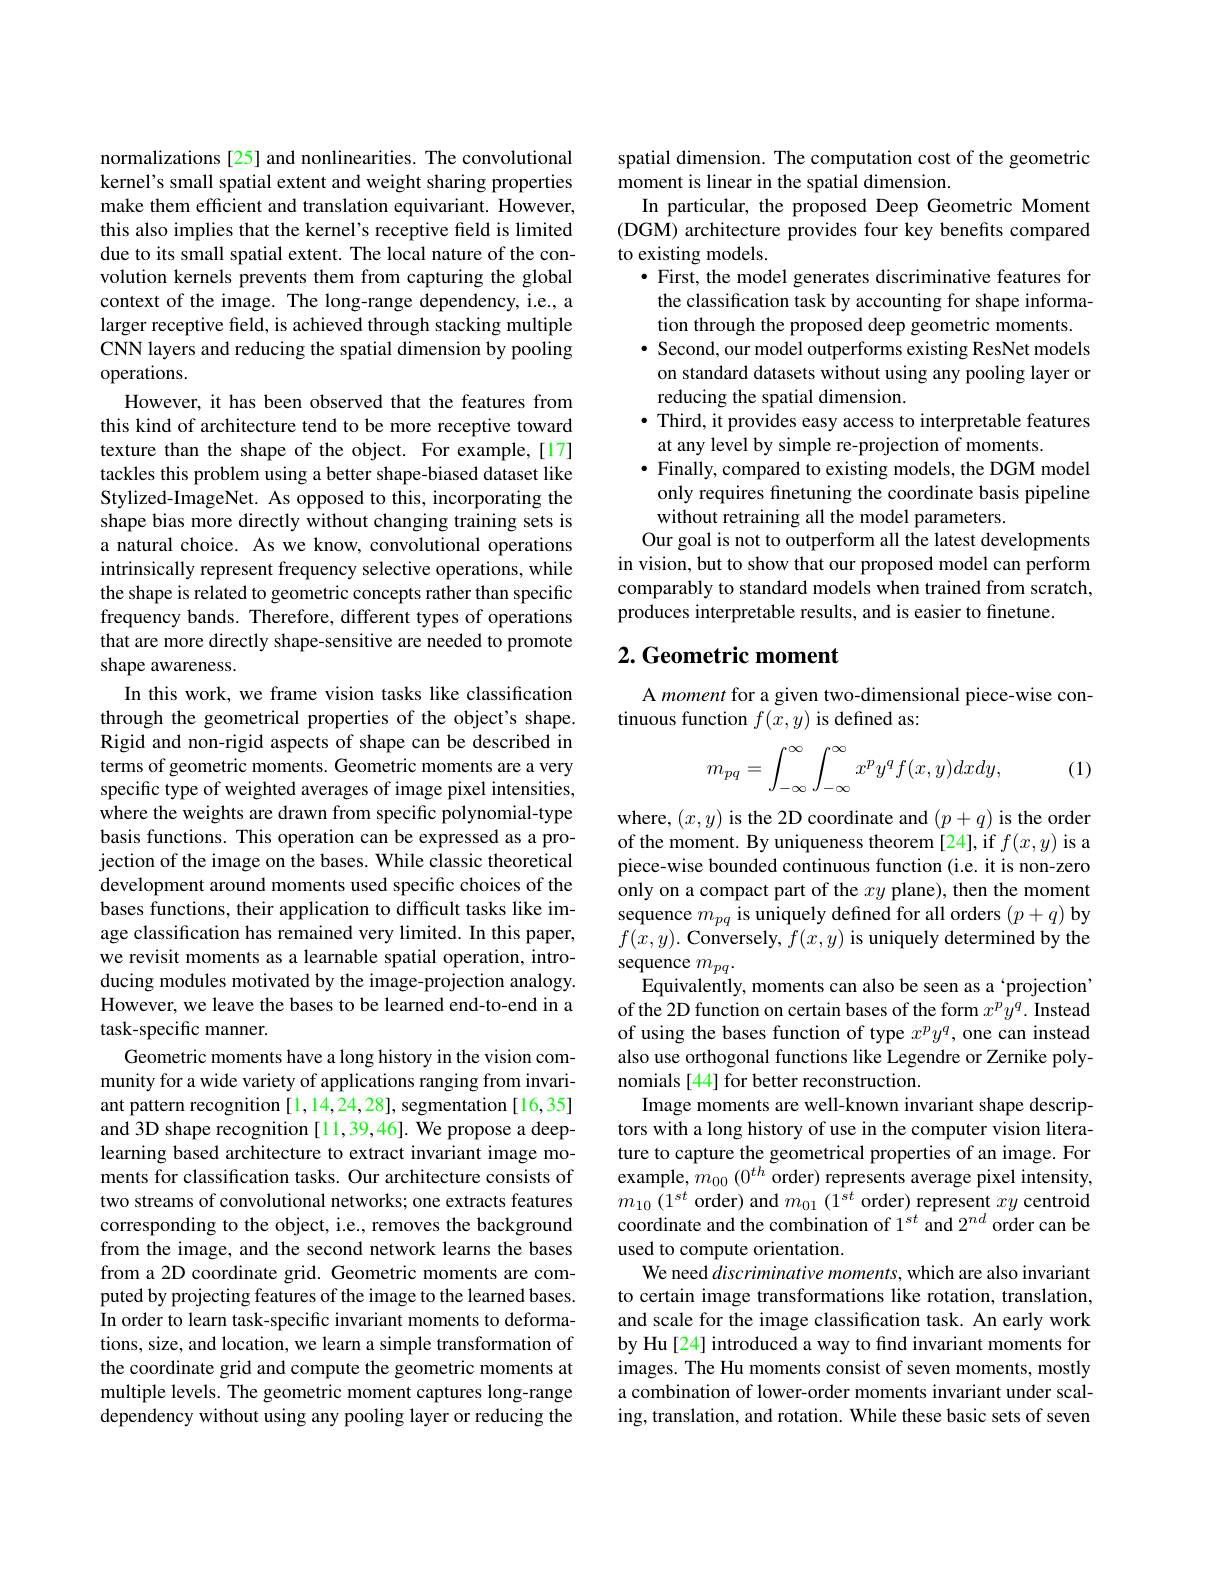
normalizations [25] and nonlinearities. The convolutional kernel's small spatial extent and weight sharing properties make them efficient and translation equivariant. However, this also implies that the kernel's receptive field is limited due to its small spatial extent. The local nature of the convolution kernels prevents them from capturing the global context of the image. The long-range dependency, i.e., a larger receptive field, is achieved through stacking multiple CNN layers and reducing the spatial dimension by pooling operations.
However, it has been observed that the features from this kind of architecture tend to be more receptive toward texture than the shape of the object. For example,[17] tackles this problem using a better shape-biased dataset like Stylized-ImageNet. As opposed to this, incorporating the shape bias more directly without changing training sets is a natural choice. As we know, convolutional operations intrinsically represent frequency selective operations, while the shape is related to geometric concepts rather than specific frequency bands. Therefore, different types of operations that are more directly shape-sensitive are needed to promote shape awareness.
In this work, we frame vision tasks like classification through the geometrical properties of the object's shape. Rigid and non-rigid aspects of shape can be described in terms of geometric moments. Geometric moments are a very specific type of weighted averages of image pixel intensities, where the weights are drawn from specific polynomial-type basis functions. This operation can be expressed as a projection of the image on the bases. While classic theoretical development around moments used specific choices of the bases functions, their application to difficult tasks like image classification has remained very limited. In this paper, we revisit moments as a learnable spatial operation, introducing modules motivated by the image-projection analogy. However, we leave the bases to be learned end-to-end in a task-specific manner.
Geometric moments have a long history in the vision community for a wide variety of applications ranging from invariant pattern recognition [1,14,24,28], segmentation [16,35] and 3D shape recognition [11,39,46]. We propose a deeplearning based architecture to extract invariant image moments for classification tasks. Our architecture consists of two streams of convolutional networks; one extracts features corresponding to the object, i.e., removes the background from the image, and the second network learns the bases from a 2D coordinate grid. Geometric moments are computed by projecting features of the image to the learned bases. In order to learn task-specific invariant moments to deformations, size, and location, we learn a simple transformation of the coordinate grid and compute the geometric moments at multiple levels. The geometric moment captures long-range dependency without using any pooling layer or reducing the

spatial dimension. The computation cost of the geometric
moment is linear in the spatial dimension.
In particular, the proposed Deep Geometric Moment (DGM) architecture provides four key benefits compared to existing models.
· First, the model generates discriminative features for the classification task by accounting for shape information through the proposed deep geometric moments. · Second, our model outperforms existing ResNet models on standard datasets without using any pooling layer or reducing the spatial dimension.
$\bullet$ Third, it provides easy access to interpretable features
at any level by simple re-projection of moments
$\bullet$ Finally, compared to existing models, the DGM model only requires finetuning the coordinate basis pipeline without retraining all the model parameters.
Our goal is not to outperform all the latest developments in vision, but to show that our proposed model can perform comparably to standard models when trained from scratch, produces interpretable results, and is easier to finetune.

## $2. \textbf{ Geometric moment}$

A moment for a given two-dimensional piece-wise con-
tinuous function $f(x,y)$ is defined as
$$m_{pq}=\int_{-\infty}^\infty\int_{-\infty}^\infty x^py^qf(x,y)dxdy,$$
(1)

where, $(x,y)$ is the 2D coordinate and $(p+q)$ is the order of the moment. By uniqueness theorem [24], if $f(x,y)$ is a piece-wise bounded continuous function (i.e. it is non-zero only on a compact part of the $xy$ plane), then the moment sequence $m_{pq}$ is uniquely defined for all orders $(p+q)$ by $f(x,y).$ Conversely, $f(x,y)$ is uniquely determined by the sequence $m_pq.$
Equivalently, moments can also be seen as a ‘projection of the 2D function on certain bases of the form $x^py^q.$ Instead of using the bases function of type $x^py^q$, one can instead also use orthogonal functions like Legendre or Zernike polynomials [44] for better reconstruction.
Image moments are well-known invariant shape descriptors with a long history of use in the computer vision literature to capture the geometrical properties of an image. For example,$m_00(0^{th}$order) represents average pixel intensity, $m_{10}$ $( 1^{st}$ order) and $m_01$ $( 1^{st}$ order) represent $xy$ centroid coordinate and the combination of 1$^{st}$ and 2$^{nd}$ order can be used to compute orientation.
We need discriminative moments, which are also invariant to certain image transformations like rotation, translation, and scale for the image classification task. An early work by Hu [24] introduced a way to find invariant moments for images. The Hu moments consist of seven moments, mostly a combination of lower-order moments invariant under scaling, translation, and rotation. While these basic sets of seven